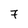
Character: 7